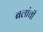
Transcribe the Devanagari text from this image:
बलांची